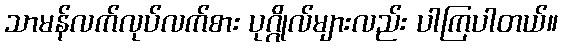
သာမန်လက်လုပ်လက်စား ပုဂ္ဂိုလ်များလည်း ပါကြပါတယ်။